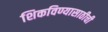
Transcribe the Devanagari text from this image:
शिकविण्यासाठीची